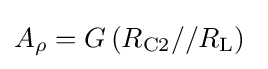
A_{\rho }=G\left(R_{\mathrm {C2} }//R_{\mathrm {L} }\right)\